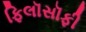
ફિલૉસૉફી